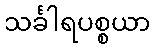
သင်္ခါရပစ္စယာ